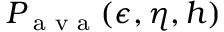
P _ { \textrm { a v a } } ( \epsilon , \eta , h )